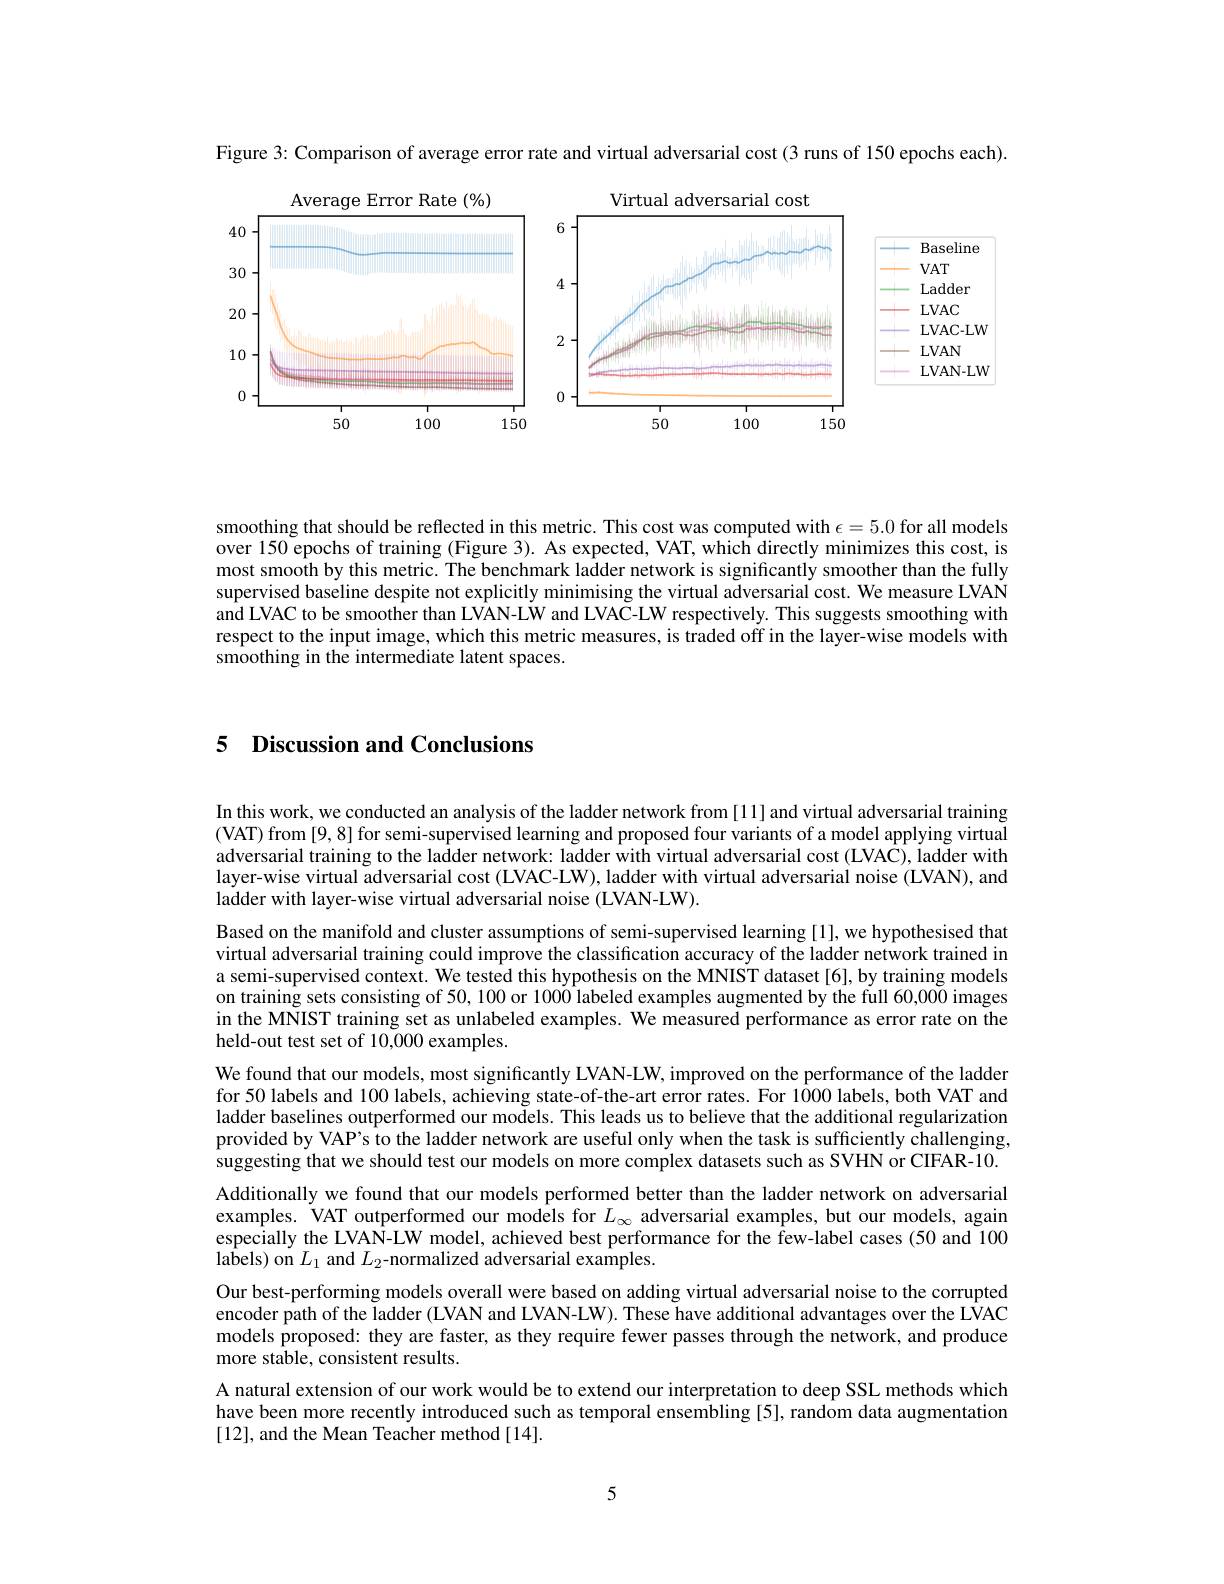
Figure 3: Comparison of average error rate and virtual adversarial cost (3 runs of 150 epochs each).

<FigureHere>

smoothing that should be reflected in this metric. This cost was computed with $\epsilon=5.0$ for all models over 150 epochs of training (Figure 3). As expected, VAT, which directly minimizes this cost, is most smooth by this metric. The benchmark ladder network is significantly smoother than the fully supervised baseline despite not explicitly minimising the virtual adversarial cost. We measure LVAN and LVAC to be smoother than LVAN-LW and LVAC-LW respectively. This suggests smoothing with respect to the input image, which this metric measures, is traded off in the layer-wise models with $\hat{\text{smoothing in the intermediate latent spaces.}}$

## 5 Discussion and Conclusions

In this work, we conducted an analysis of the ladder network from [11] and virtual adversarial training (VAT) from [9, 8] for semi-supervised learning and proposed four variants of a model applying virtual adversarial training to the ladder network: ladder with virtual adversarial cost (LVAC), ladder with layer-wise virtual adversarial cost (LVAC-LW), ladder with virtual adversarial noise (LVAN), and ladder with layer-wise virtual adversarial noise (LVAN-LW).
Based on the manifold and cluster assumptions of semi-supervised learning [1], we hypothesised that virtual adversarial training could improve the classification accuracy of the ladder network trained in a semi-supervised context. We tested this hypothesis on the MNIST dataset[6], by training models on training sets consisting of 50, 100 or 1000 labeled examples augmented by the full 60,000 images in the MNIST training set as unlabeled examples. We measured performance as error rate on the held-out test set of 10,000 examples.
We found that our models, most significantly LVAN-LW, improved on the performance of the ladder for 50 labels and 100 labels, achieving state-of-the-art error rates. For 1000 labels, both VAT and ladder baselines outperformed our models. This leads us to believe that the additional regularization provided by VAP's to the ladder network are useful only when the task is sufficiently challenging, suggesting that we should test our models on more complex datasets such as SVHN or CIFAR-10. Additionally we found that our models performed better than the ladder network on adversarial examples. VAT outperformed our models for $L_\infty$ adversarial examples, but our models, again especially the LVAN-LW model, achieved best performance for the few-label cases (50 and 100 $\hat{\text{labels) on}}L_{1}$ and $L_2$-normalized adversarial examples.
Our best-performing models overall were based on adding virtual adversarial noise to the corrupted encoder path of the ladder (LVAN and LVAN-LW). These have additional advantages over the LVAC models proposed: they are faster, as they require fewer passes through the network, and produce more stable, consistent results.
A natural extension of our work would be to extend our interpretation to deep SSL methods which have been more recently introduced such as temporal ensembling [5], random data augmentation [12],and the Mean Teacher method [14].

5